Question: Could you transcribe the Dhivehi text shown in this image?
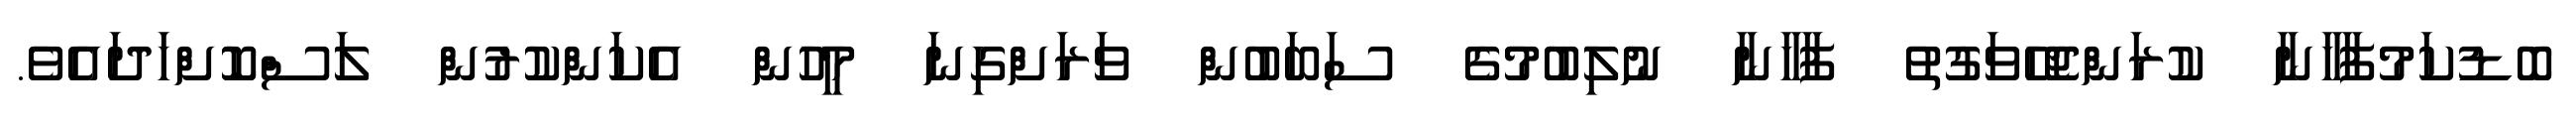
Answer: ބޮޑުކަމުފާހާނާ ކުރަންޖެހޭވަގުތު ފާހާނާ ނުލިބުމުގެ ސަބަބުން ވަރަށްގިނަ މީހުން އެކަންކުރުން ލަސްކޮށްހަދައެވެ.